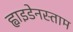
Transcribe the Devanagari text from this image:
ह्वाइडेनस्ताम